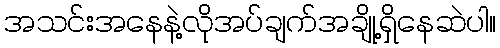
အသင်းအနေနဲ့လိုအပ်ချက်အချို့ရှိနေဆဲပါ။